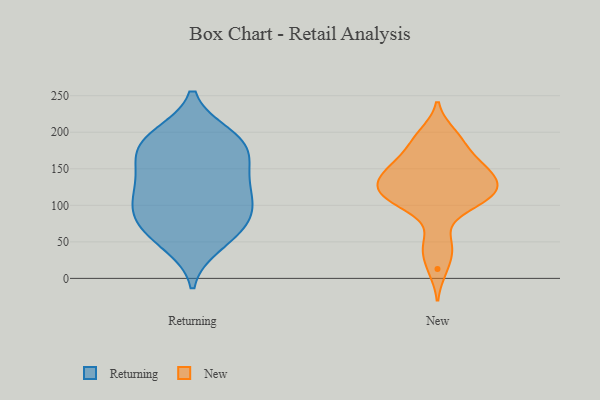
{"axis": {"x": "Operating Costs (USD K)", "y": "Value"}, "legend": ["New", "Returning"], "data": [{"x": "", "y": 65, "type": "Returning"}, {"x": "", "y": 86, "type": "Returning"}, {"x": "", "y": 140, "type": "Returning"}, {"x": "", "y": 196, "type": "Returning"}, {"x": "", "y": 96, "type": "Returning"}, {"x": "", "y": 75, "type": "Returning"}, {"x": "", "y": 184, "type": "Returning"}, {"x": "", "y": 130, "type": "Returning"}, {"x": "", "y": 107, "type": "Returning"}, {"x": "", "y": 195, "type": "Returning"}, {"x": "", "y": 55, "type": "Returning"}, {"x": "", "y": 177, "type": "Returning"}, {"x": "", "y": 148, "type": "Returning"}, {"x": "", "y": 184, "type": "Returning"}, {"x": "", "y": 164, "type": "Returning"}, {"x": "", "y": 46, "type": "Returning"}, {"x": "", "y": 119, "type": "Returning"}, {"x": "", "y": 95, "type": "Returning"}, {"x": "", "y": 140, "type": "New"}, {"x": "", "y": 128, "type": "New"}, {"x": "", "y": 145, "type": "New"}, {"x": "", "y": 163, "type": "New"}, {"x": "", "y": 100, "type": "New"}, {"x": "", "y": 193, "type": "New"}, {"x": "", "y": 183, "type": "New"}, {"x": "", "y": 158, "type": "New"}, {"x": "", "y": 125, "type": "New"}, {"x": "", "y": 40, "type": "New"}, {"x": "", "y": 151, "type": "New"}, {"x": "", "y": 103, "type": "New"}, {"x": "", "y": 106, "type": "New"}, {"x": "", "y": 115, "type": "New"}, {"x": "", "y": 198, "type": "New"}, {"x": "", "y": 138, "type": "New"}, {"x": "", "y": 114, "type": "New"}, {"x": "", "y": 49, "type": "New"}, {"x": "", "y": 121, "type": "New"}, {"x": "", "y": 13, "type": "New"}]}